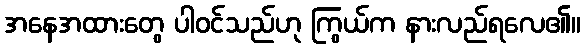
အနေအထားတွေ ပါဝင်သည်ဟု ကြွယ်က နားလည်ရလေ၏။